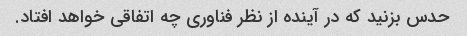
حدس بزنید که در آینده از نظر فناوری چه اتفاقی خواهد افتاد.